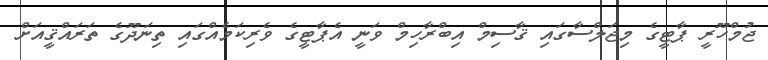
ޖުމްހޫރީ ޕާޓީގެ މިޖަލްސާގައި ޤާސިމް އިބްރާހިމް ވަނީ އެޕާޓީގެ ވެރިކަމެއްގައި ތިނަދޫގެ ތަރައްޤީއަށް